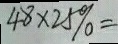
4 8 \times 2 5 \% =